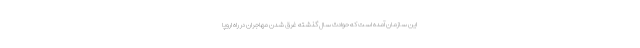
این سازمان آمده است که حوادث سال گذشته غرق شدن مهاجران در راه اروپا